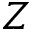
Z